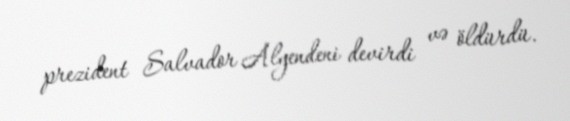
prezident Salvador Alyendeni devirdi və öldürdü.